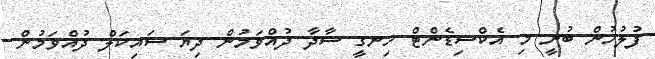
ފުލުހުން ބުނީ މި އެކްސިޑެންޓް ހިނގީ ސާދާ ދުއްވަމުން ދިޔަ ސައިކަލް ދުއްވަމުން